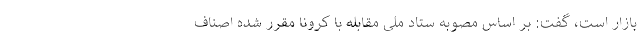
بازار است، گفت: بر اساس مصوبه ستاد ملی مقابله با کرونا مقرر شده اصناف